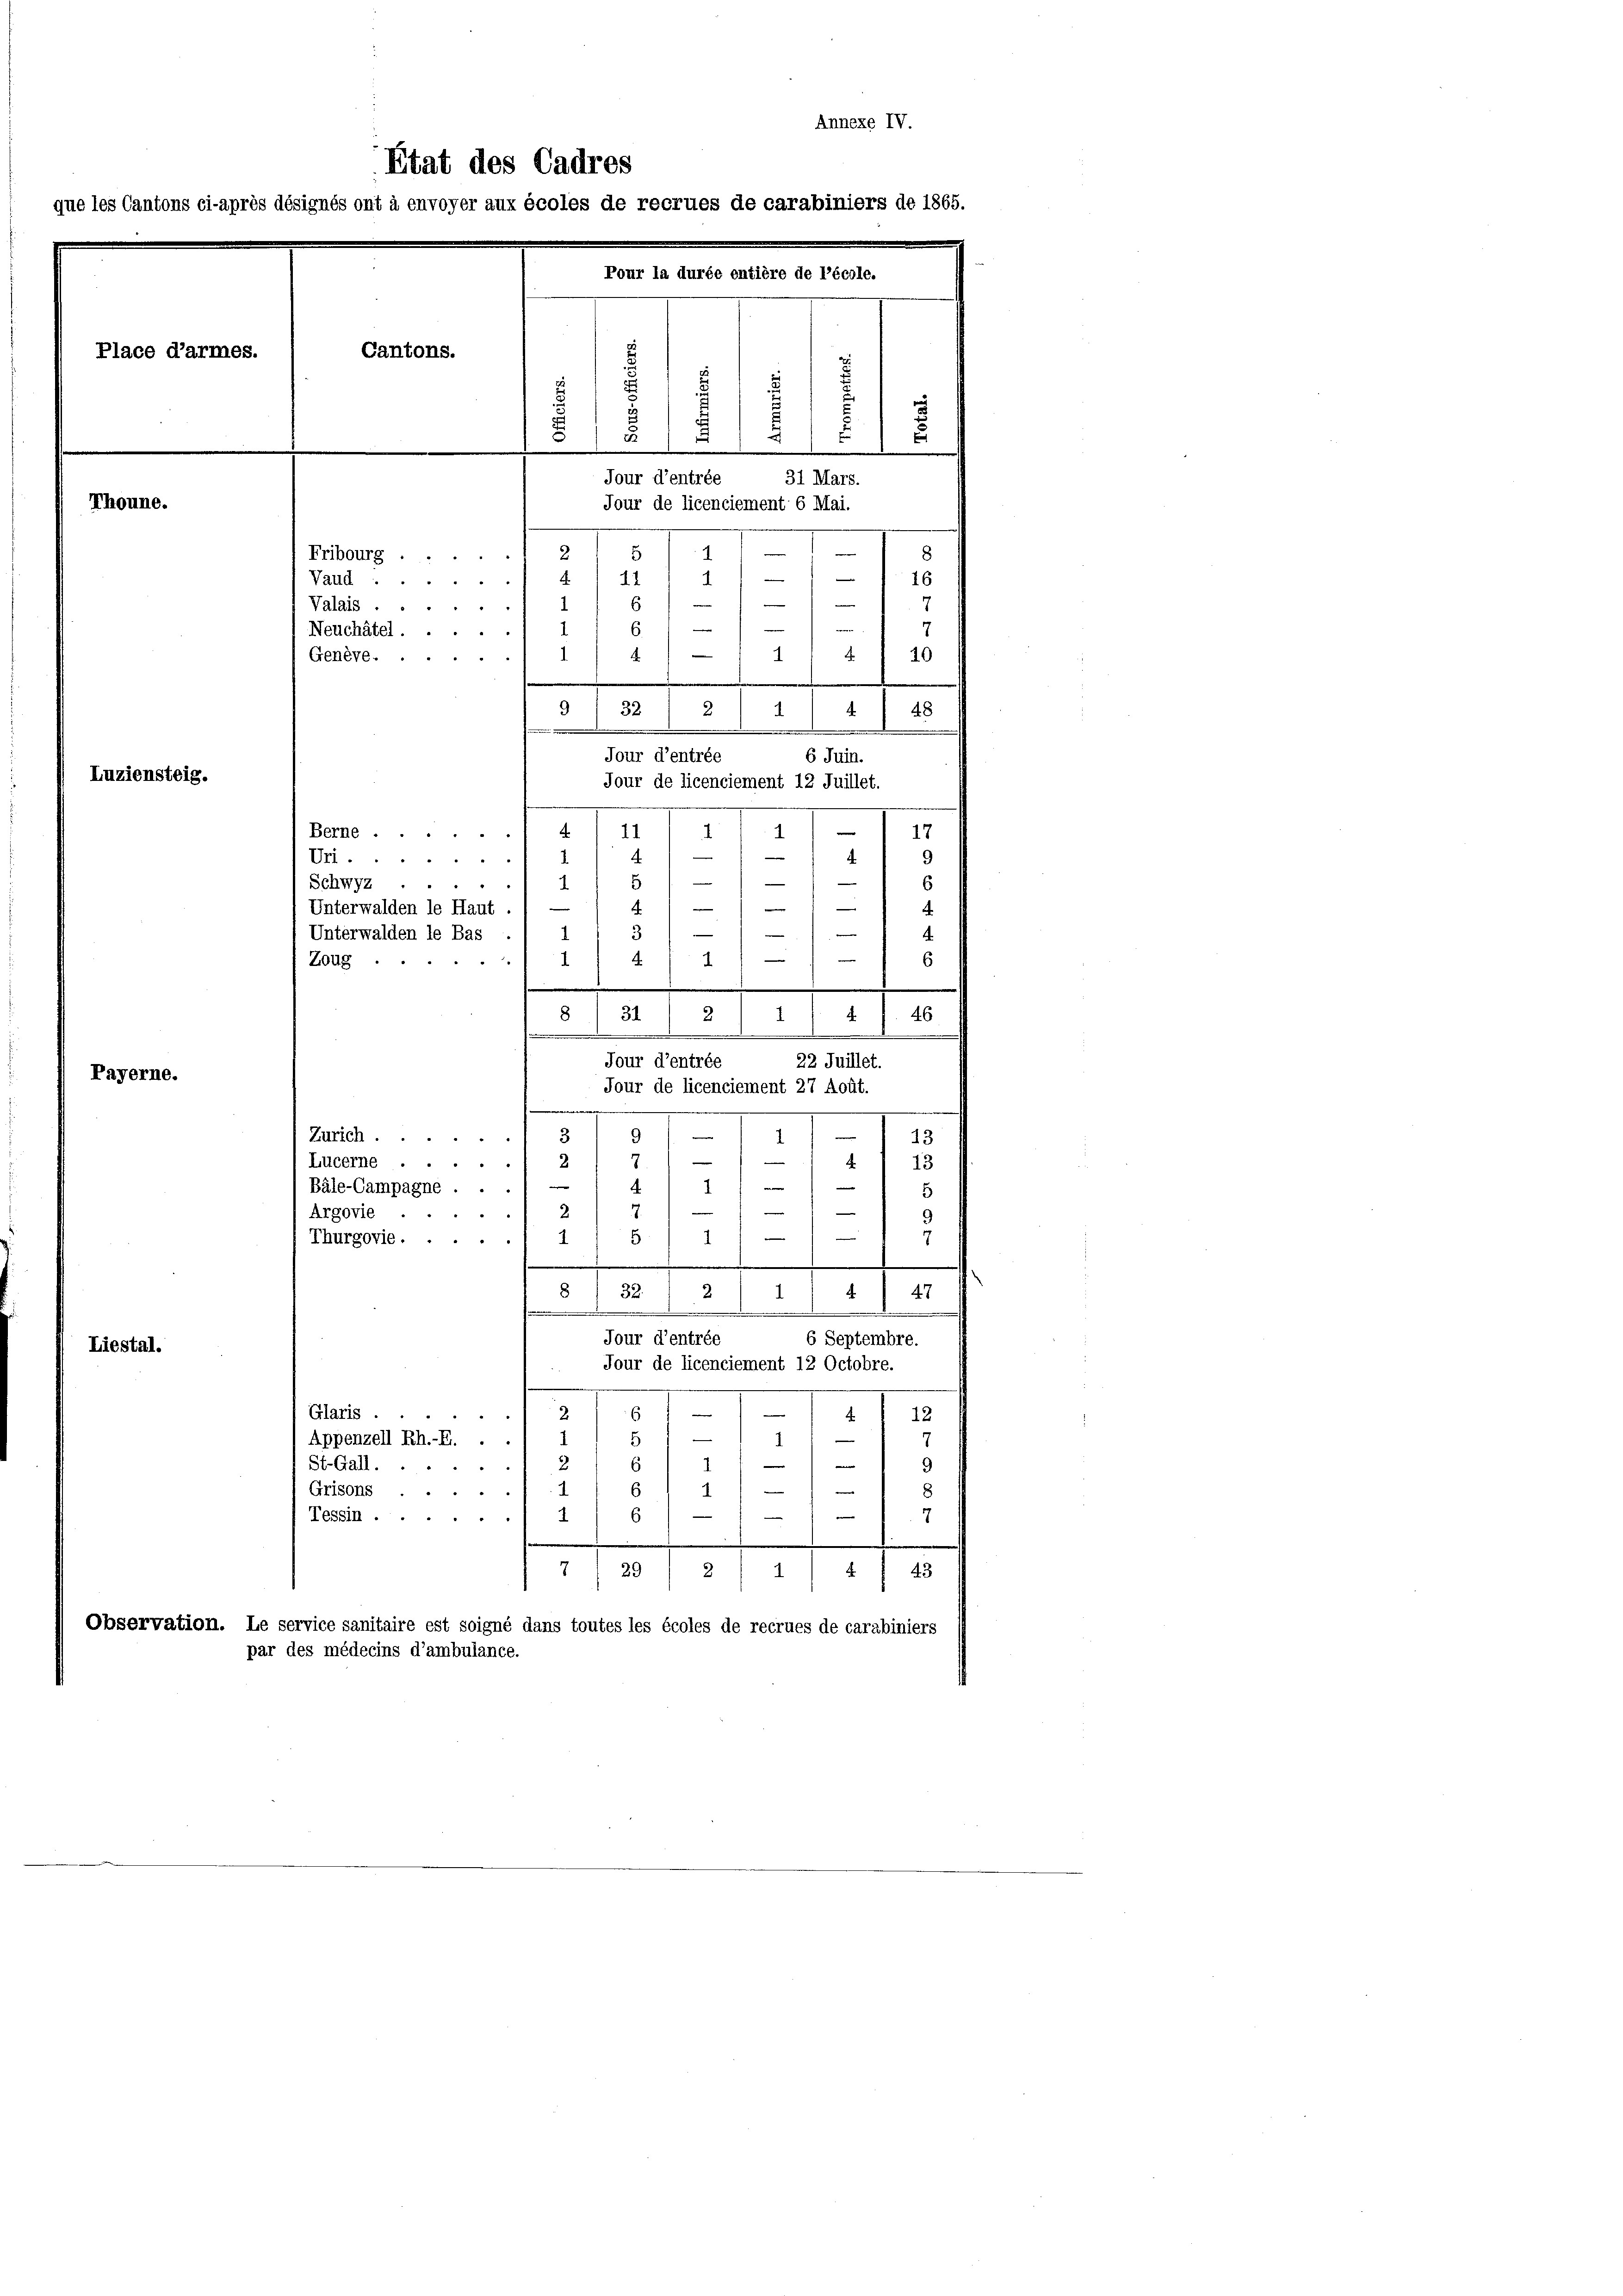
Annexe IV.
Etat des Cadres
ue les Cantons ci-après désignés ont à envoyer aux écoles de recrues de carabiniers de 1865.
Pour la durée entière de l’école.
Cantons.
g
.
d
,
x
31 Mars.
Jour d’entrée
Thoune.
Jour de licenciement 6 Mai.
e
1
5
2.
8
Fribourg ....
4
4
16
Vaud ......
11
e
—
Valais.
7
e
6.
e
1
Neuchâtel . .
v
1
10
Genève...
9
3
48
32
.
.
.
Jour d’entrée
6 Juin.
Luziensteig.
Jour de licenciement 12 Juillet.
1
.
¬
11
Berne
17

Place d’armes.

9
—
—
4
4
Ur
i
.
—
Schwyz
.

Unterwalden le Haut
e
-
Unterwalden le Bas
1
4

4
Zoug ...
6
.
.
Jour d’entrée
Payerne.
d
1
9
—
Zürich ...
13
3
2
1
n
Lucerne
2
13
.
28
¬
—
Bäle-Campagne ... 1
5
—
2
Argovie ..
e

1
5
Thurgorie ...
1

32.
8
2
1
4 1 47
.
sommen
x
Jour d’entrée
6 Septembre.
Liestal.
Jour de licenciement 12 Octobre.
6
—
4
Glaris ..
¬
e
12
—
—
Appenzell Rh.-E. . .
5
1
e
2
9
St.Gall.
u
s
e
I
1
Grisons

.

e
6
Tessin ......
7
r
29
2.
4 1 43
1
Observation. Le service sanitaire est soigné dans toutes les écoles de recrues de carabiniers
par des médecins d’ambulance.

8/ 311 2

—
.
114 f. 46
22 Juillet.
Jour de licenciement 27 Août.